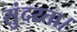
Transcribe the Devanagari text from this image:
सुंदरता।